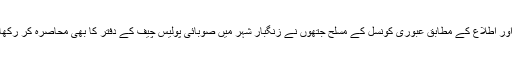
ایک اور اطلاع کے مطابق عبوری کونسل کے مسلح جتھوں نے زنگبار شہر میں صوبائی پولیس چیف کے دفتر کا بھی محاصرہ کر رکھا ہے۔